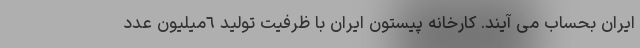
ایران بحساب می آیند. کارخانه پیستون ایران با ظرفیت تولید ٦میلیون عدد